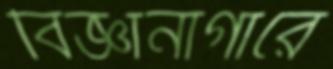
বিজ্ঞানাগারে